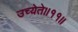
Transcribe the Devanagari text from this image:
उच्येते॥११॥